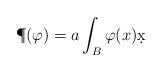
LaTeX: \begin{align*}\P(\varphi) = a \int_B \varphi(x) \d x \end{align*}